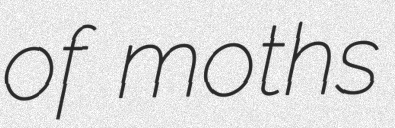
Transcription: of moths